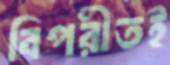
বিপরীতই